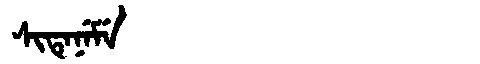
Manchu: ᠰᡳᡨᡝᠨᡝᠮᡝ
Romanization: SITENEME